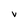
Character: V